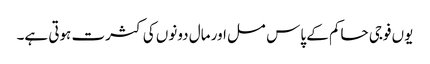
یوں فوجی حاکم کے پاس مسل اور مال دونوں کی کثرت ہوتی ہے۔